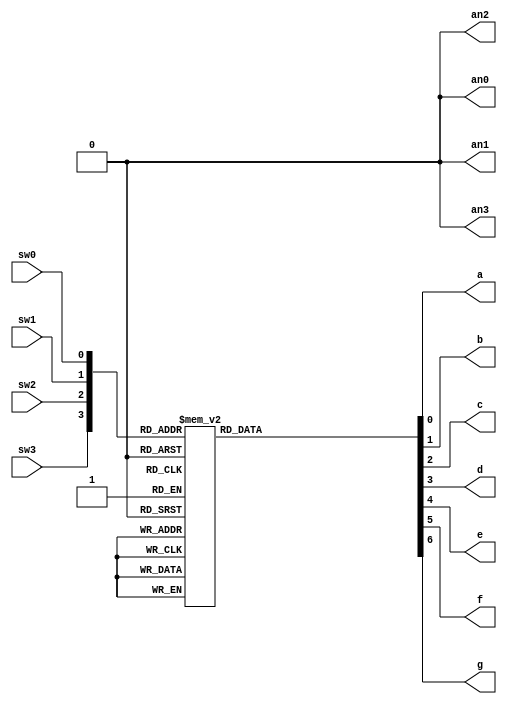
`timescale 1ns / 1ps
//////////////////////////////////////////////////////////////////////////////////
// Company: 
// Engineer: 
// 
// Design Name: 
// Module Name:    bcdto7led_bh
// Project Name: 
// Target Devices: 
// Tool versions: 
// Description: 
//
// Dependencies: 
//
// Revision: 
// Revision 0.01 - File Created
// Additional Comments: 
//
//////////////////////////////////////////////////////////////////////////////////
module bcdto7led_bh(
	input wire sw0, 	// switches
	input wire sw1,
	input wire sw2,
	input wire sw3,
	output reg a,	// LED segments
	output reg b,
	output reg c,
	output reg d,
	output reg e,
	output reg f,
	output reg g,
	output reg an0,	// LED display control
	output reg an1,
	output reg an2,
	output reg an3
    );
	 
// Internal wire
wire [3:0] bundle;
assign bundle = {sw3, sw2, sw1, sw0};

always @(*) begin
	// Setting the ANs signals
	an0 = 1'b0;
	an1 = 1'b0;
	an2 = 1'b0;
	an3 = 1'b0;			// Display in the module AN3
	// Setting the segments signals
	a = 1'b1;
	b = 1'b1;
	c = 1'b1;
	d = 1'b1;
	e = 1'b1;
	f = 1'b1;
	g = 1'b1;
	
	case (bundle)
		4'b0000 : begin  	// 0
			a = 1'b0;
			b = 1'b0;
			c = 1'b0;
			d = 1'b0;
			e = 1'b0;
			f = 1'b0;
			g = 1'b1;
			end
			
		4'b0001 : begin  	// 1
			a = 1'b1;
			b = 1'b0;
			c = 1'b0;
			d = 1'b1;
			e = 1'b1;
			f = 1'b1;
			g = 1'b1;
			end
			
		4'b0010 : begin  	// 2
			a = 1'b0;
			b = 1'b0;
			c = 1'b1;
			d = 1'b0;
			e = 1'b0;
			f = 1'b1;
			g = 1'b0;
			end	
			
		4'b0011 : begin  	// 3
			a = 1'b0;
			b = 1'b0;
			c = 1'b0;
			d = 1'b0;
			e = 1'b1;
			f = 1'b1;
			g = 1'b0;
			end	
			
		4'b0100 : begin  	// 4
			a = 1'b1;
			b = 1'b0;
			c = 1'b0;
			d = 1'b1;
			e = 1'b1;
			f = 1'b0;
			g = 1'b0;
			end
			
		4'b0101 : begin  	// 5
			a = 1'b0;
			b = 1'b1;
			c = 1'b0;
			d = 1'b0;
			e = 1'b1;
			f = 1'b0;
			g = 1'b0;
			end
			
		4'b0110 : begin  	// 6
			a = 1'b0;
			b = 1'b1;
			c = 1'b0;
			d = 1'b0;
			e = 1'b0;
			f = 1'b0;
			g = 1'b0;
			end
			
		4'b0111 : begin  	// 7
			a = 1'b0;
			b = 1'b0;
			c = 1'b0;
			d = 1'b1;
			e = 1'b1;
			f = 1'b1;
			g = 1'b1;
			end
			
		4'b1000 : begin  	// 8
			a = 1'b0;
			b = 1'b0;
			c = 1'b0;
			d = 1'b0;
			e = 1'b0;
			f = 1'b0;
			g = 1'b0;
			end
			
		4'b1001 : begin  	// 9
			a = 1'b0;
			b = 1'b0;
			c = 1'b0;
			d = 1'b1;
			e = 1'b1;
			f = 1'b0;
			g = 1'b0;
			end
	endcase
end
endmodule